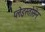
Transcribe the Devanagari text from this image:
प्लेइस्तोसेन